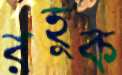
রহুক